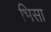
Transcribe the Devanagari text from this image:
भिसा